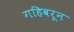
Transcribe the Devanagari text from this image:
गहिवरून